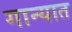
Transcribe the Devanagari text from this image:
गान्यात